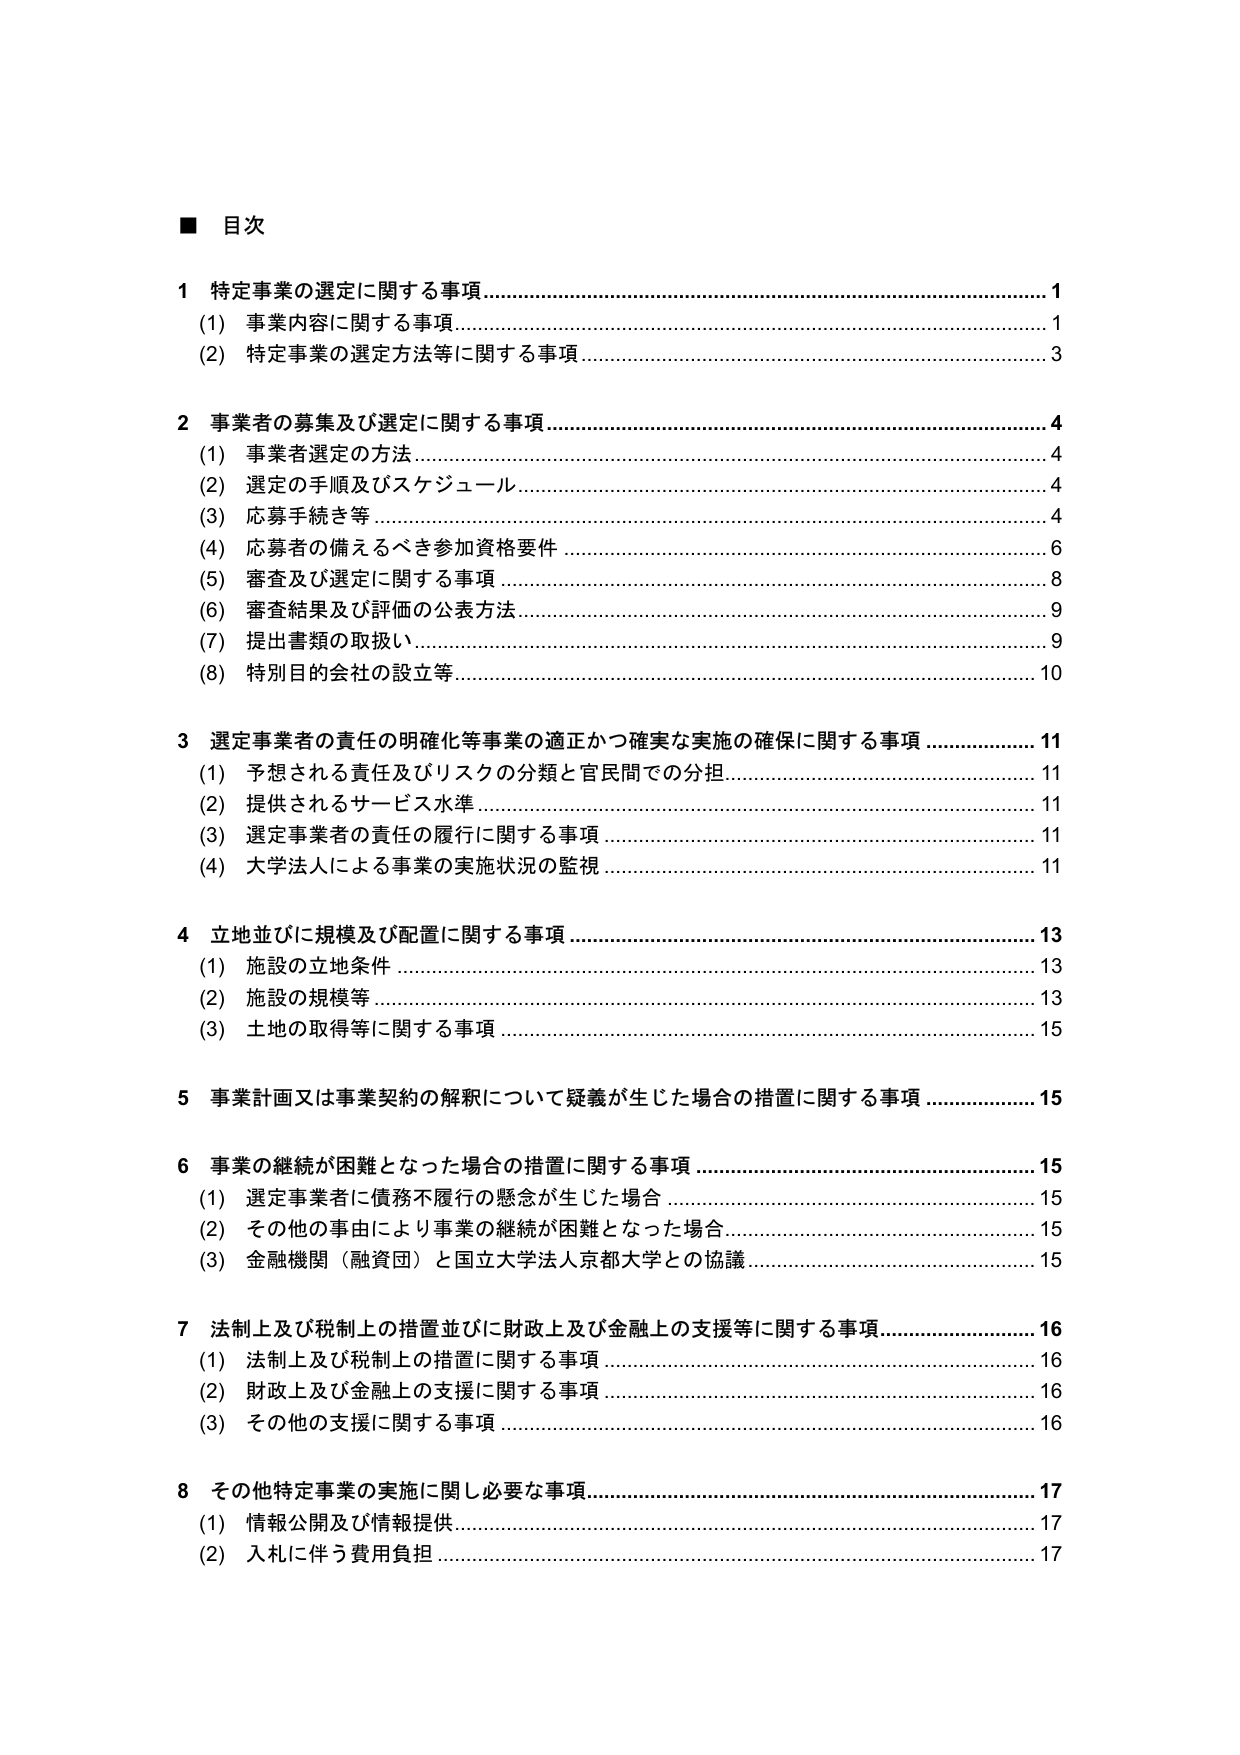
■ 目次

1 特定事業の選定に関する事項 ……………………………………………………………… 1
　(1) 事業内容に関する事項 ………………………………………………………………… 1
　(2) 特定事業の選定方法等に関する事項 ………………………………………………… 3

2 事業者の募集及び選定に関する事項 ……………………………………………………… 4
　(1) 事業者選定の方法 ……………………………………………………………………… 4
　(2) 選定の手順及びスケジュール ………………………………………………………… 4
　(3) 応募手続き等 …………………………………………………………………………… 4
　(4) 応募者の備えるべき参加資格要件 …………………………………………………… 6
　(5) 審査及び選定に関する事項 …………………………………………………………… 8
　(6) 審査結果及び評価の公表方法 ………………………………………………………… 9
　(7) 提出書類の取扱い ……………………………………………………………………… 9
　(8) 特別目的会社の設立等 ………………………………………………………………… 10

3 選定事業者の責任の明確化等事業の適正かつ確実な実施の確保に関する事項 ………… 11
　(1) 予想される責任及びリスクの分類と官民間での分担 ……………………………… 11
　(2) 提供されるサービス水準 ……………………………………………………………… 11
　(3) 選定事業者の責任の履行に関する事項 ……………………………………………… 11
　(4) 大学法人による事業の実施状況の監視 ……………………………………………… 11

4 立地並びに規模及び配置に関する事項 ………………………………………………… 13
　(1) 施設の立地条件 ………………………………………………………………………… 13
　(2) 施設の規模等 …………………………………………………………………………… 13
　(3) 土地の取得等に関する事項 …………………………………………………………… 15

5 事業計画又は事業契約の解釈について疑義が生じた場合の措置に関する事項 ……… 15

6 事業の継続が困難となった場合の措置に関する事項 ………………………………… 15
　(1) 選定事業者に債務不履行の懸念が生じた場合 ……………………………………… 15
　(2) その他の事由により事業の継続が困難となった場合 ……………………………… 15
　(3) 金融機関（融資団）と国立大学法人京都大学との協議 …………………………… 15

7 法制上及び税制上の措置並びに財政上及び金融上の支援等に関する事項 …………… 16
　(1) 法制上及び税制上の措置に関する事項 ……………………………………………… 16
　(2) 財政上及び金融上の支援に関する事項 ……………………………………………… 16
　(3) その他の支援に関する事項 …………………………………………………………… 16

8 その他特定事業の実施に関し必要な事項 ……………………………………………… 17
　(1) 情報公開及び情報提供 ………………………………………………………………… 17
　(2) 入札に伴う費用負担 …………………………………………………………………… 17